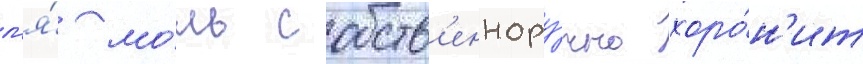
л'я́ мо́ль собств'еннору́чно хоро́н'ит